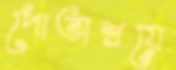
পোতাশ্রয়ে